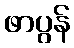
ဖာပွန်